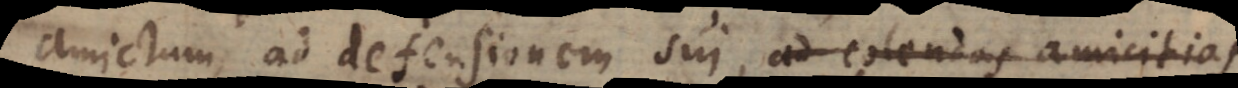
amictum, ad defensionem sui, ad colendas amicitias